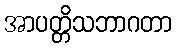
အာပတ္တိသဘာဂတာ